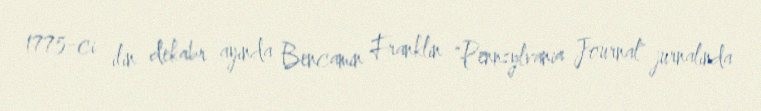
1775-ci ilin dekabr ayında Bencamin Franklin "Pennsylvania Journal" jurnalında